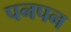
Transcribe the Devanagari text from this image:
पनपन